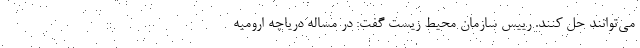
می‌توانند حل کنند. رییس سازمان محیط زیست گفت: در مساله دریاچه ارومیه